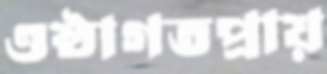
ওষ্ঠাগতপ্রায়